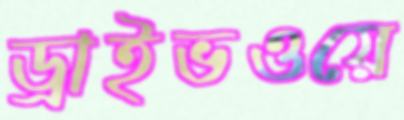
ড্রাইভওয়ে